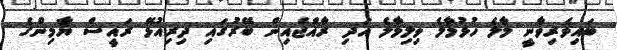
ބައިވެރިވާނީ މާލެ ހުޅުމާލެ ވިލިމާލެ އަދި ރާއްޖެއިން ބޭރުގައި ދިރިއުޅޭ ރައީސް ޔާމިންގެ